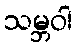
သမ္ဘဝါ